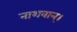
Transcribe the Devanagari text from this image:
नाशवान्।